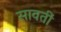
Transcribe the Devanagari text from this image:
सावतीं